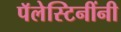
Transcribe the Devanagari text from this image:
पॅलेस्टिनींनी